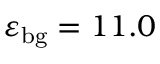
\varepsilon _ { \mathrm { { b g } } } = 1 1 . 0